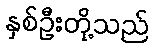
နှစ်ဦးတို့သည်